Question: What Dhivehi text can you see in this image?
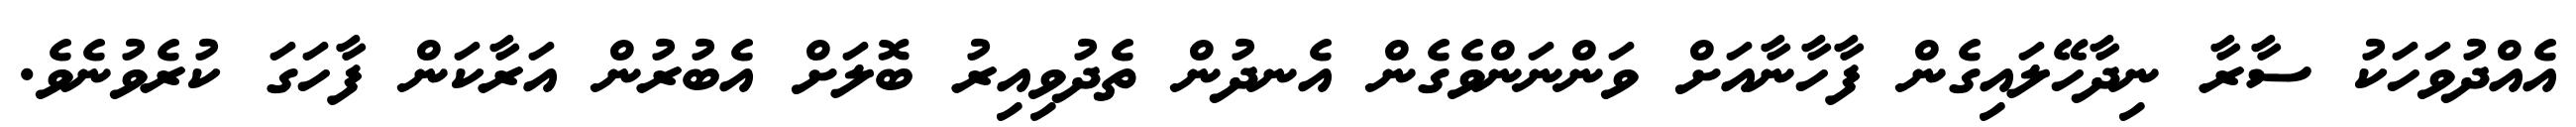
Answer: އެއްދުވަހަކު ސާރާ ނިދާހޭލައިގެން ފާހާނާއަށް ވަންނަންވެގެން އެނދުން ތެދުވިއިރު ބޮލަށް އެބުރުން އަރާކަން ފާހަގަ ކުރެވުނެވެ.